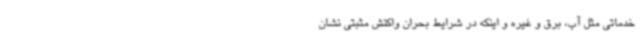
خدماتی مثل آب، برق و غیره و اینکه در شرایط بحران واکنش مثبتی نشان